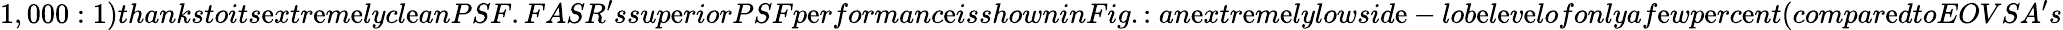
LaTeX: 1,000:1)thankstoits\mathrm{e}xtr\mathrm{e}m\mathrm{e}lycl\mathrm{e}anPSF.FASR^{\prime}ssup\mathrm{e}riorPSFp\mathrm{e}rformanc\mathrm{e}isshowninFig.:an\mathrm{e}xtr\mathrm{e}m\mathrm{e}lylowsid\mathrm{e}-lob\mathrm{e}l\mathrm{e}v\mathrm{e}lofonlyaf\mathrm{e}wp\mathrm{e}rc\mathrm{e}nt(compar\mathrm{e}dtoEOVSA^{\prime}s